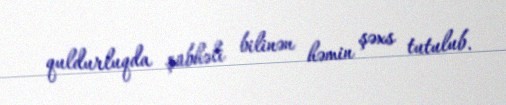
quldurluqda şübhəli bilinən həmin şəxs tutulub.